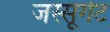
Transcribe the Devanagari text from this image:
जस्सूगेट